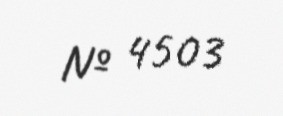
№ 4503